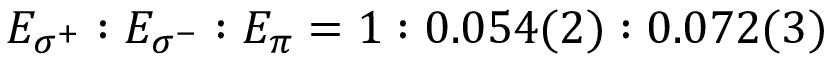
E _ { \sigma ^ { + } } : E _ { \sigma ^ { - } } : E _ { \pi } = 1 : 0 . 0 5 4 ( 2 ) : 0 . 0 7 2 ( 3 )